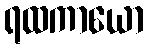
ရထကာယော